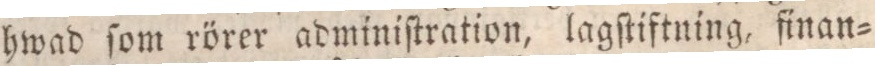
hwad ſom rörer adminiſtration, lagſtiftning, finan=